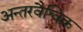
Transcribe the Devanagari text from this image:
अन्तरवैश्विक